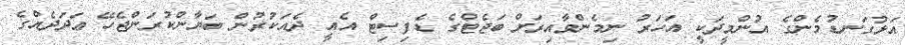
އަޅުގަނޑުމެންގެ އުންމީދަކީ އަހަރު ނިމެންވާއިރަށް ބަޖެޓްގެ ޑެފިސިޓް އެއީ ދެއަކުރުން ބަޔާންކުރަންޖެހޭ ޢަދަދެއްގެ